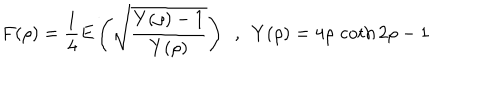
F ( \rho ) = \frac { 1 } { 4 } E \left( \sqrt { \frac { Y ( \rho ) - 1 } { Y ( \rho ) } } \right) ~ ~ , ~ ~ Y ( \rho ) = 4 \rho \, \coth 2 \rho - 1